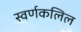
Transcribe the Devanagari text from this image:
स्वर्णकलिल